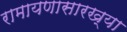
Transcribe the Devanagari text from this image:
रामायणासारख्या